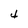
Character: 4